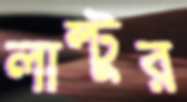
লাল্টুর